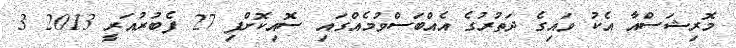
މޮރިޝަސްއާ އެކު ވައިގެ ދަތުރުގެ އެއްބަސްވުމެއްގައި ސޮއިކޮށްފި 27 ފެބުރުއަރީ 2013 3